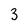
Character: 3